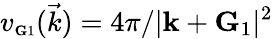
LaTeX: v_{\scriptscriptstyle\mathbf G1}(\vec{k})={4\pi}/{|\mathbf k+\mathbf G_{1}|^{2}}